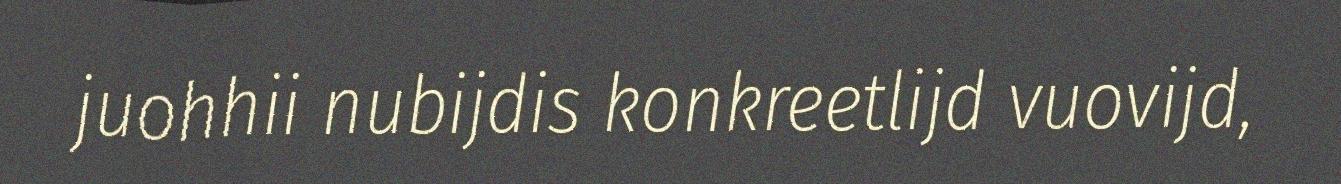
juohhii nubijdis konkreetlijd vuovijd,